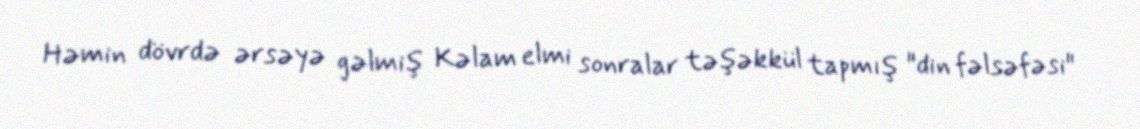
Həmin dövrdə ərsəyə gəlmiş Kəlam elmi sonralar təşəkkül tapmış "din fəlsəfəsi"